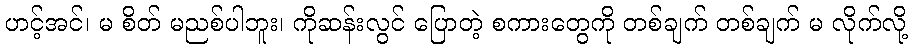
ဟင့်အင်၊ မ စိတ် မညစ်ပါဘူး၊ ကိုဆန်းလွင် ပြောတဲ့ စကားတွေကို တစ်ချက် တစ်ချက် မ လိုက်လို့